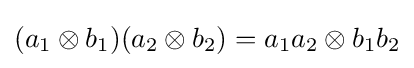
(a_{1}\otimes b_{1})(a_{2}\otimes b_{2})=a_{1}a_{2}\otimes b_{1}b_{2}